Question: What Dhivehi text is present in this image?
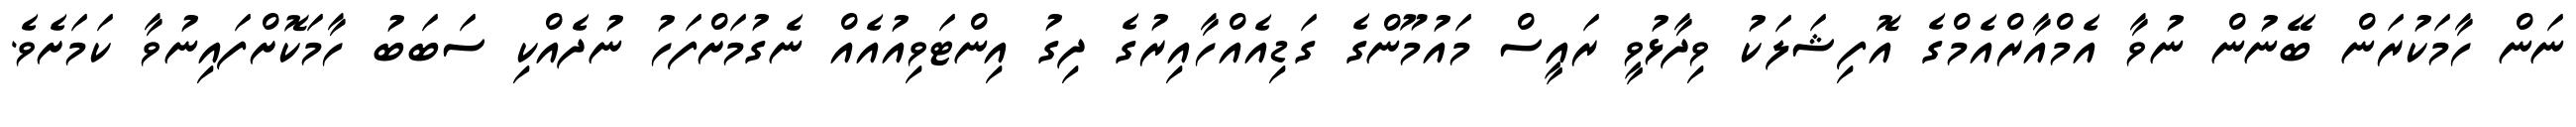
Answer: ނަން ހާމަކުރަން ބޭނުން ނުވާ އެމްއާރްއެމްގެ އޮފިޝަލަކު ވިދާޅުވީ ރައީސް މައުމޫންގެ ގަޑިއެއްހާއިރުގެ ދިގު އިންޓަވިއުއެއް ނެގުމަށްފަހު ނުދެއްކި ސަބަބު ހާމަކޮށްފައިނުވާ ކަމަށެވެ.